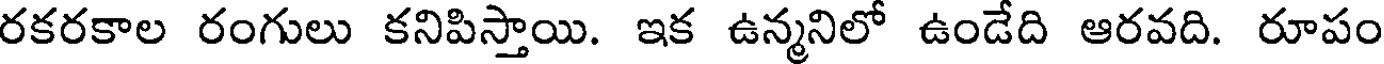
రకరకాల రంగులు కనిపిస్తాయి. ఇక ఉన్మనిలో ఉండేది ఆరవది. రూపం